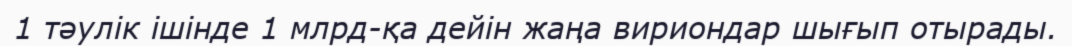
1 тәулік ішінде 1 млрд-қа дейін жаңа вириондар шығып отырады.